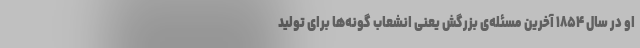
او در سال ۱۸۵۴ آخرین مسئله‌ی بزرگش یعنی انشعاب گونه‌ها برای تولید